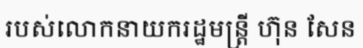
របស់លោកនាយករដ្ឋមន្ត្រី ហ៊ុន សែន